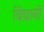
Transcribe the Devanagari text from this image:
विद्यानों